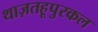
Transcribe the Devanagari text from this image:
थाज़तहूपुरकल